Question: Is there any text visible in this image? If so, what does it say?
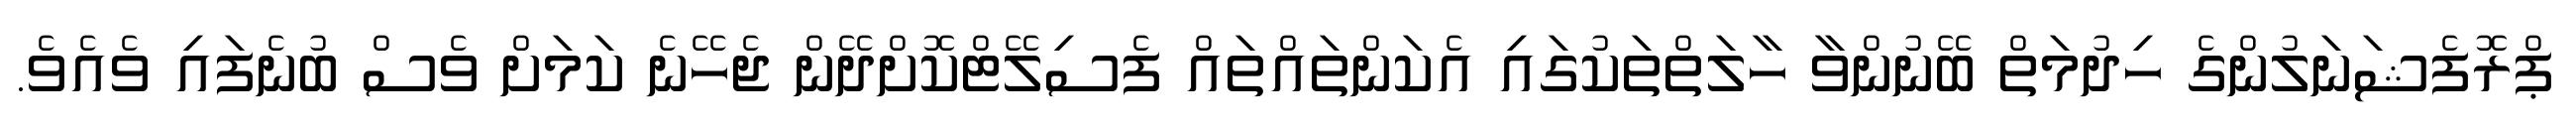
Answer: ޕްރޮފެޝަނަލުންގެ ހިދުމަތް ބޭނުންވާ ހާލަތްތަކުގައި އެކަންތައްތައް ފެސިލޭޓްކޮށްދޭން ޖެހޭނެ ކަމަށް ވެސް ބުނެފައި ވެއެވެ.